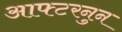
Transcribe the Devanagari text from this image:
आफ्टरनुन